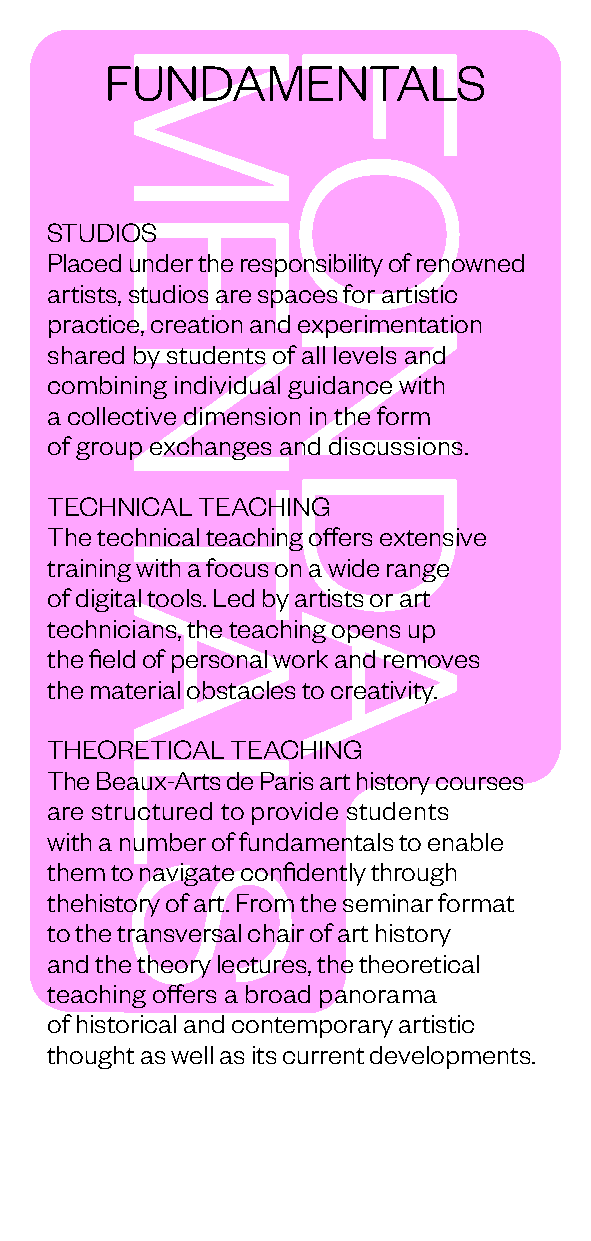
FUNDAMENTALS
 STUDIOS
 Placed under the responsibility of renowned
 artists, studios are spaces for artistic
 practice, creation and experimentation
 shared by students of all levels and
 combining individual guidance with
 a collective dimension in the form
 of group exchanges and discussions.
 TECHNICAL TEACHING
 The technical teaching offers extensive
 training with a focus on a wide range
 of digital tools. Led by artists or art
 technicians, the teaching opens up
 the field of personal work and removes
 the material obstacles to creativity.
 THEORETICAL TEACHING
 The Beaux-Arts de Paris art history courses
 are structured to provide students
 with a number of fundamentals to enable
 them to navigate confidently through
 thehistory of art. From the seminar format
 to the transversal chair of art history
 and the theory lectures, the theoretical
 teaching offers a broad panorama
 of historical and contemporary artistic
 thought as well as its current developments.
 MENTALS    FONDA